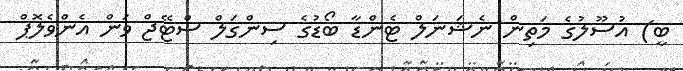
ބީ) އުސޫލުގެ މަތިން ނެޝަނަލް ޓެންޑާ ބޯޑުގެ ސިންގަލް ސްޓޭޖް ވަން އެންވެލޮޕް